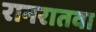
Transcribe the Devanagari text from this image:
रानरातवा